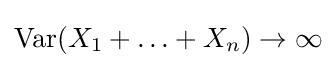
\operatorname {Var} (X_{1}+\ldots +X_{n})\to \infty